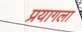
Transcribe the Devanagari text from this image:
प्रयागला